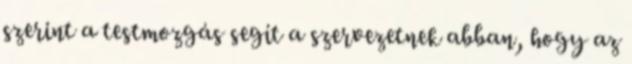
szerint a testmozgás segít a szervezetnek abban, hogy az